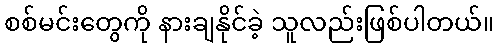
စစ်မင်းတွေကို နားချနိုင်ခဲ့ သူလည်းဖြစ်ပါတယ်။